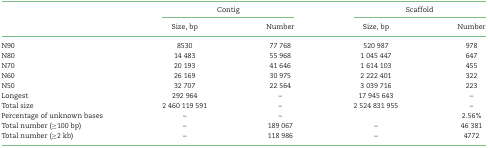
<table><thead><tr><td></td><td colspan="2"><b>Contig</b></td><td colspan="2"><b>Scaffold</b></td></tr><tr><td></td><td><b>Size, bp</b></td><td><b>Number</b></td><td><b>Size, bp</b></td><td><b>Number</b></td></tr></thead><tbody><tr><td>N90</td><td>8530</td><td>77 768</td><td>520 987</td><td>978</td></tr><tr><td>N80</td><td>14 483</td><td>55 968</td><td>1 045 447</td><td>647</td></tr><tr><td>N70</td><td>20 193</td><td>41 646</td><td>1 614 103</td><td>455</td></tr><tr><td>N60</td><td>26 169</td><td>30 975</td><td>2 222 401</td><td>322</td></tr><tr><td>N50</td><td>32 707</td><td>22 564</td><td>3 039 716</td><td>223</td></tr><tr><td>Longest</td><td>292 964</td><td>–</td><td>17 945 643</td><td>–</td></tr><tr><td>Total size</td><td>2 460 119 591</td><td>–</td><td>2 524 831 955</td><td>–</td></tr><tr><td>Percentage of unknown bases</td><td>–</td><td>–</td><td></td><td>2.56%</td></tr><tr><td>Total number (≥100 bp)</td><td>–</td><td>189 067</td><td>–</td><td>46 381</td></tr><tr><td>Total number (≥2 kb)</td><td>–</td><td>118 986</td><td>–</td><td>4772</td></tr></tbody></table>